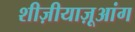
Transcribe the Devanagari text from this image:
शीज़ीयाज़ूआंग